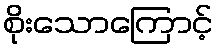
စိုးသောကြောင့်